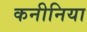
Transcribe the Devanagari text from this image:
कनीनिया